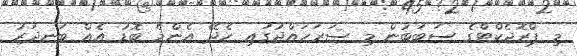
މި ޕްރޮޖެކްޓްގެ ސަބަބުން މި ސަރަހައްދުގައި ހެދޭ އެންމެ ބޮޑު އެއް ބަނދަރު